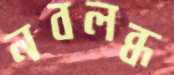
নবলব্ধ